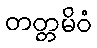
တတ္တမိဝံ